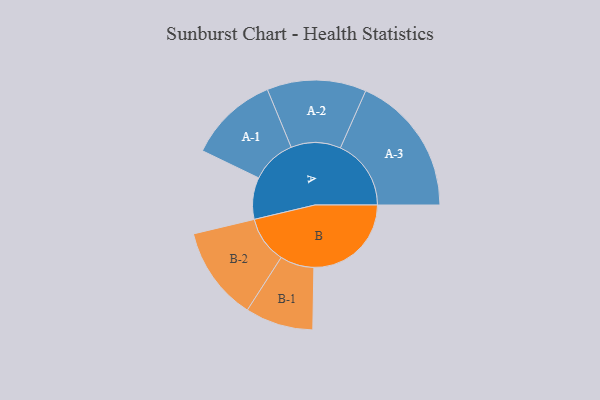
{"axis": {"x": "Segment", "y": "Value"}, "legend": ["", "A", "B"], "data": [{"x": "A", "y": 155, "type": ""}, {"x": "B", "y": 361, "type": ""}, {"x": "A-1", "y": 166, "type": "A"}, {"x": "A-2", "y": 184, "type": "A"}, {"x": "A-3", "y": 262, "type": "A"}, {"x": "B-1", "y": 126, "type": "B"}, {"x": "B-2", "y": 174, "type": "B"}]}